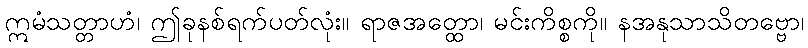
ဣမံသတ္တာဟံ၊ ဤခုနစ်ရက်ပတ်လုံး။ ရာဇအတ္ထော၊ မင်းကိစ္စကို။ နအနုသာသိတဗ္ဗော၊